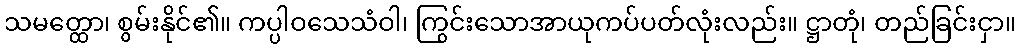
သမတ္ထော၊ စွမ်းနိုင်၏။ ကပ္ပါဝသေသံဝါ၊ ကြွင်းသောအာယုကပ်ပတ်လုံးလည်း။ ဋ္ဌာတုံ၊ တည်ခြင်းငှာ။